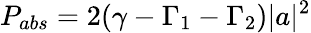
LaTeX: P_{abs}=2(\gamma-\Gamma_{1}-\Gamma_{2})|a|^{2}